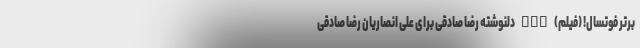
برتر فوتسال! (فیلم) nan دلنوشته رضا صادقی برای علی انصاریان رضا صادقی